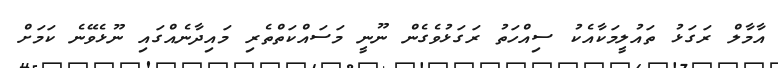
އާމާލް ރަގަޅު ތައުލީމަކާއެކު ސިއްހަތު ރަގަޅުވެގެން ނޫނީ މަސައްކަތްތެރި މައިދާނެއްގައި ނޫޅެވޭނެ ކަމަށް